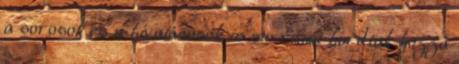
a sorosok és a hivatásosok is surranót hordtak hozzá